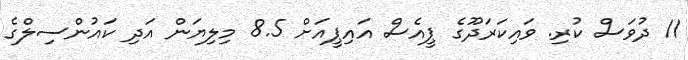
11 ދުވަސް ކުރި. ވައިކަރަދޫގެ ޕީއެސް އައިޕީއަށް 8.5 މިލިޔަން އަދި ކައުންސިލްގެ